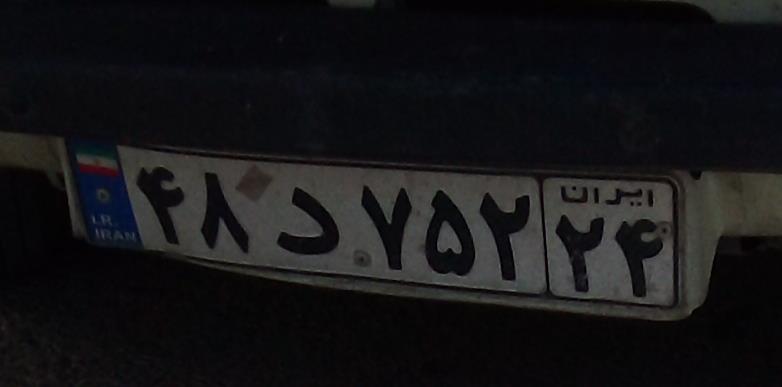
۴۸د۷۵۲۲۴